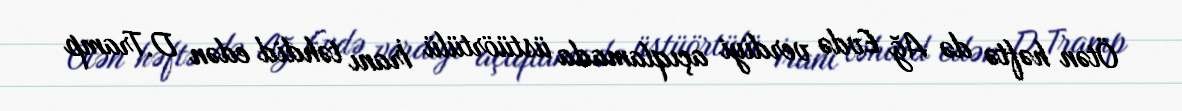
Ötən həftə də Ağ Evdə verdiyi açıqlamada üstüörtülü İranı təhdid edən D.Tramp